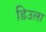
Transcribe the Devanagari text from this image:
डिउला